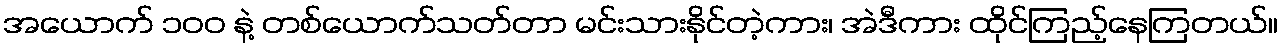
အယောက် ၁၀၀ နဲ့ တစ်ယောက်သတ်တာ မင်းသားနိုင်တဲ့ကား၊ အဲဒီကား ထိုင်ကြည့်နေကြတယ်။